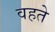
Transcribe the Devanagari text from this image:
वहते